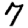
Digit: 7